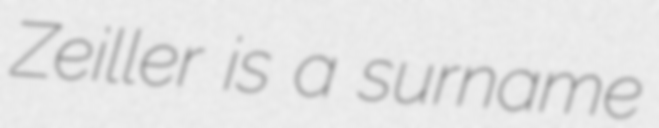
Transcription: Zeiller is a surname